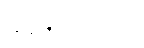
သဇောတိဘူတာ